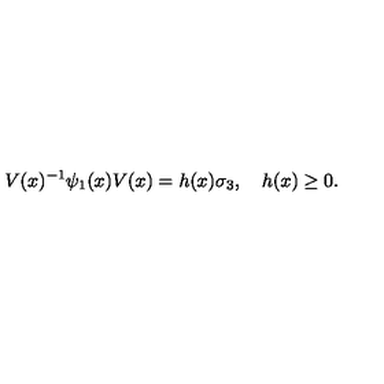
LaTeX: V ( x ) ^ { - 1 } \psi _ { 1 } ( x ) V ( x ) = h ( x ) \sigma _ { 3 } , \quad h ( x ) \geq 0 .